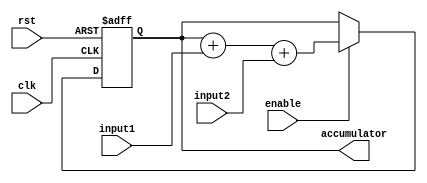
module FixedPointAccumulator (
    input wire clk,
    input wire rst,
    input wire enable,
    input wire [15:0] input1,
    input wire [15:0] input2,
    output reg [31:0] accumulator
);

always @(posedge clk or posedge rst) begin
    if (rst) begin
        accumulator <= 32'd0;
    end else if (enable) begin
        accumulator <= accumulator + input1 + input2;
    end
end

endmodule